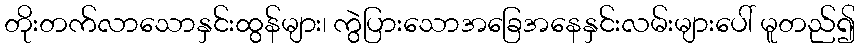
တိုးတက်လာသောနှင်းထွန်များ၊ ကွဲပြားသောအခြေအနေနှင်းလမ်းများပေါ် မူတည်၍